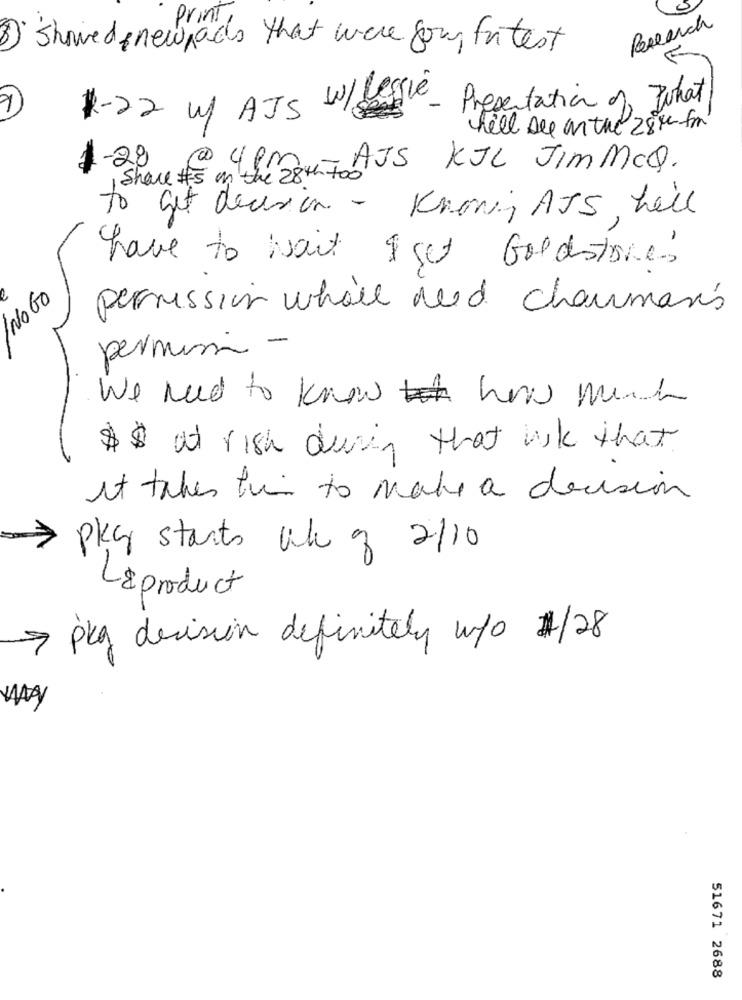
Research
Showed newpads that were four fu test
1-22 m/ AJS W/LES
se - Presentation of what
will see on the 280-fm
1-28 @ 4 PM ,- AJS KJL JIMMCQ.
to get decision - Knowing ATS, hell
have to wait Iset Goldstone
NO GO
permission whole need charman's
permini -
We need to know how much
$$ at rish during that like that
it takes hi to make a decision
pky start ale of 2/10
Laproduct
7 pkg decision definitely w/0 #/28
51671 2688